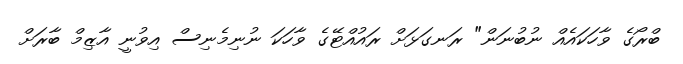
ބްރޯގެ ވާހަކައެއް ނުބުނަން" ރަނގަޅަށް ރައުއްޓޭގެ ވާހަކަ ނުނިމެނިސް އިވުނީ އާޒިމް ބާރަށް